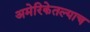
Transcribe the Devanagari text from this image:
अमेरिकेतल्याच